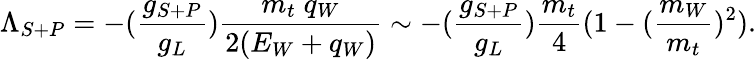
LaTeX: \Lambda_{S+P}=-(\frac{g_{S+P}}{g_{L}})\frac{m_{t}\; q_{W}}{2(E_{W}+q_{W})}\sim-(\frac{g_{S+P}}{g_{L}})\frac{m_{t}}{4}(1-(\frac{m_{W}}{m_{t}})^{2}).